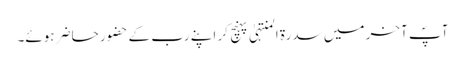
آپؐ آخر میں سدرۃ المنتہیٰ پہنچ کر اپنے رب کے حضور حاضر ہوئے۔